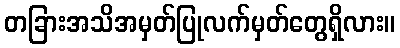
တခြားအသိအမှတ်ပြုလက်မှတ်တွေရှိလား။